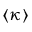
\langle \kappa \rangle